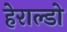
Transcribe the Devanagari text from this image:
हेराल्डो